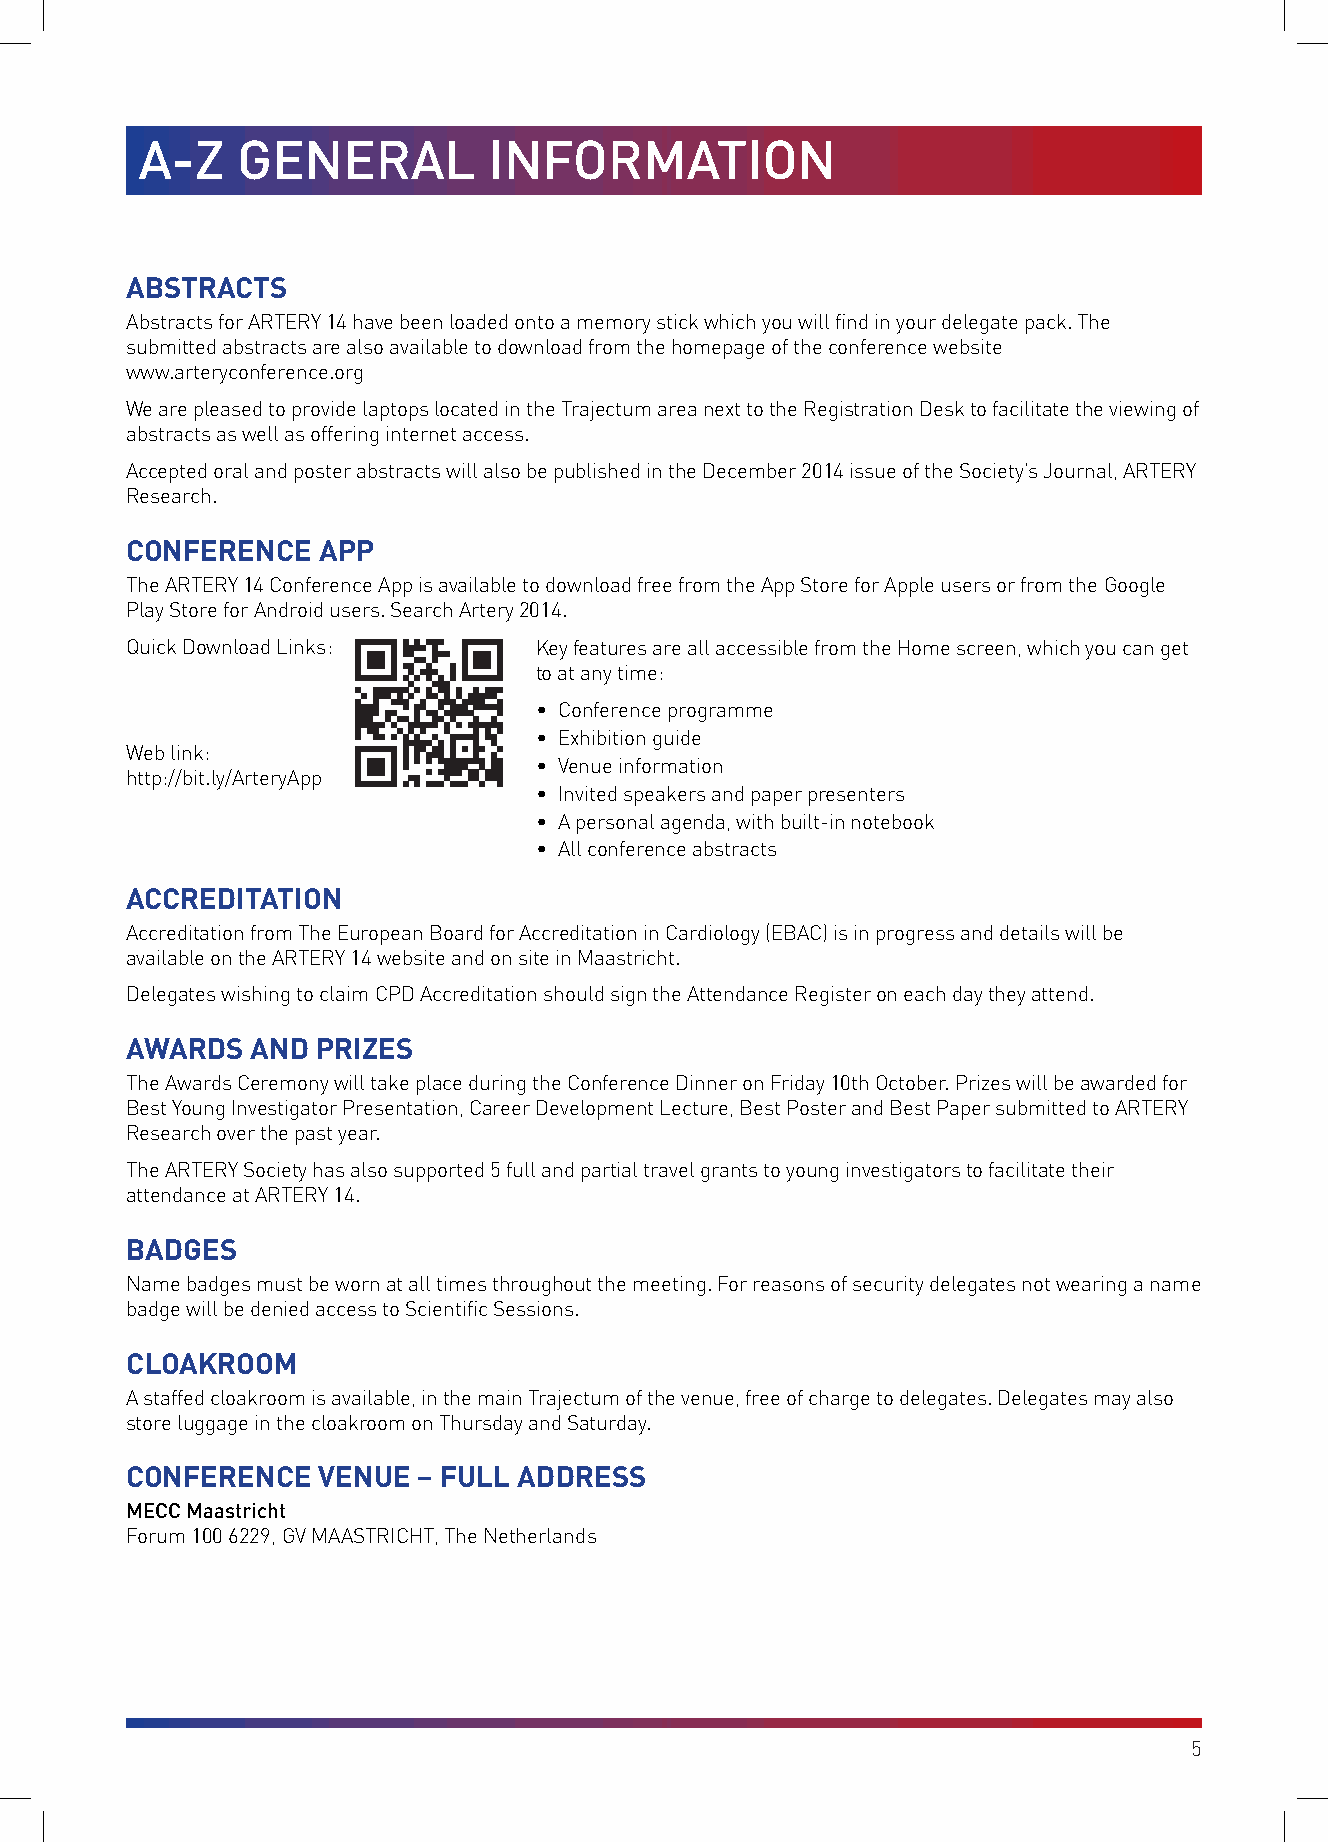
A-Z    GENERAL         INFORMATION
 ABSTRACTS
 Abstracts for ARTERY 14 have been loaded onto a memory stick which you will find in your delegate pack. The
 submitted abstracts are also available to download from the homepage of the conference website
 www.arteryconference.org
 We are pleased to provide laptops located in the Trajectum area next to the Registration Desk to facilitate the viewing of
 abstracts as well as offering internet access.
 Accepted oral and poster abstracts will also be published in the December 2014 issue of the Society’s Journal, ARTERY
 Research.
 CONFERENCE   APP
 The ARTERY 14 Conference App is available to download free from the App Store for Apple users or from the Google
 Play Store for Android users. Search Artery 2014.
 Quick Download Links:      Key features are all accessible from the Home screen, which you can get
 to at any time:
 • Conference programme
 • Exhibition guide
 Web link:
 • Venue information
 http://bit.ly/ArteryApp
 • Invited speakers and paper presenters
 • A personal agenda, with built-in notebook
 • All conference abstracts
 ACCREDITATION
 Accreditation from The European Board for Accreditation in Cardiology (EBAC) is in progress and details will be
 available on the ARTERY 14 website and on site in Maastricht.
 Delegates wishing to claim CPD Accreditation should sign the Attendance Register on each day they attend.
 AWARDS   AND PRIZES
 The Awards Ceremony will take place during the Conference Dinner on Friday 10th October. Prizes will be awarded for
 Best Young Investigator Presentation, Career Development Lecture, Best Poster and Best Paper submitted to ARTERY
 Research over the past year.
 The ARTERY Society has also supported 5 full and partial travel grants to young investigators to facilitate their
 attendance at ARTERY 14.
 BADGES
 Name badges must be worn at all times throughout the meeting. For reasons of security delegates not wearing a name
 badge will be denied access to Scientific Sessions.
 CLOAKROOM
 A staffed cloakroom is available, in the main Trajectum of the venue, free of charge to delegates. Delegates may also
 store luggage in the cloakroom on Thursday and Saturday.
 CONFERENCE   VENUE  – FULL ADDRESS
 MECC Maastricht
 Forum 100 6229, GV MAASTRICHT, The Netherlands
 5